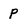
Character: p